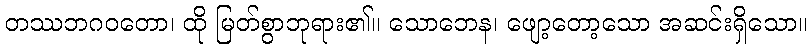
တဿဘဂဝတော၊ ထို မြတ်စွာဘုရား၏။ သောဘေန၊ ဖျော့တော့သော အဆင်းရှိသော။